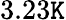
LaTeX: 3.23\mathtt{K}